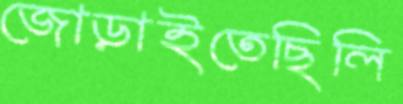
জোড়াইতেছিলি